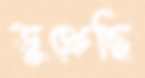
ডুক্‌রেছি